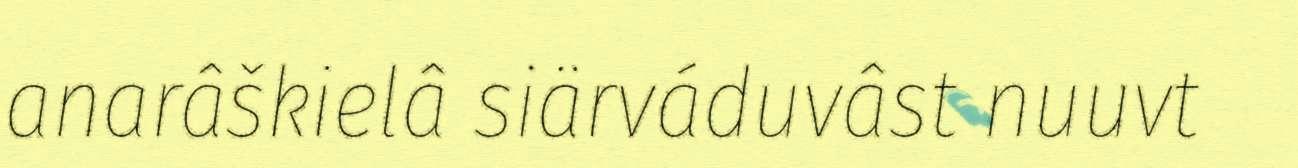
anarâškielâ siärváduvâst nuuvt